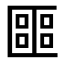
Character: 𠥡